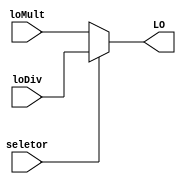
module MUX_9(
	input seletor,
	input [31:0] loDiv, //1
	input [31:0] loMult, //0
	output  [31:0] LO  
);

	assign LO = (seletor) ? loDiv : loMult;

endmodule